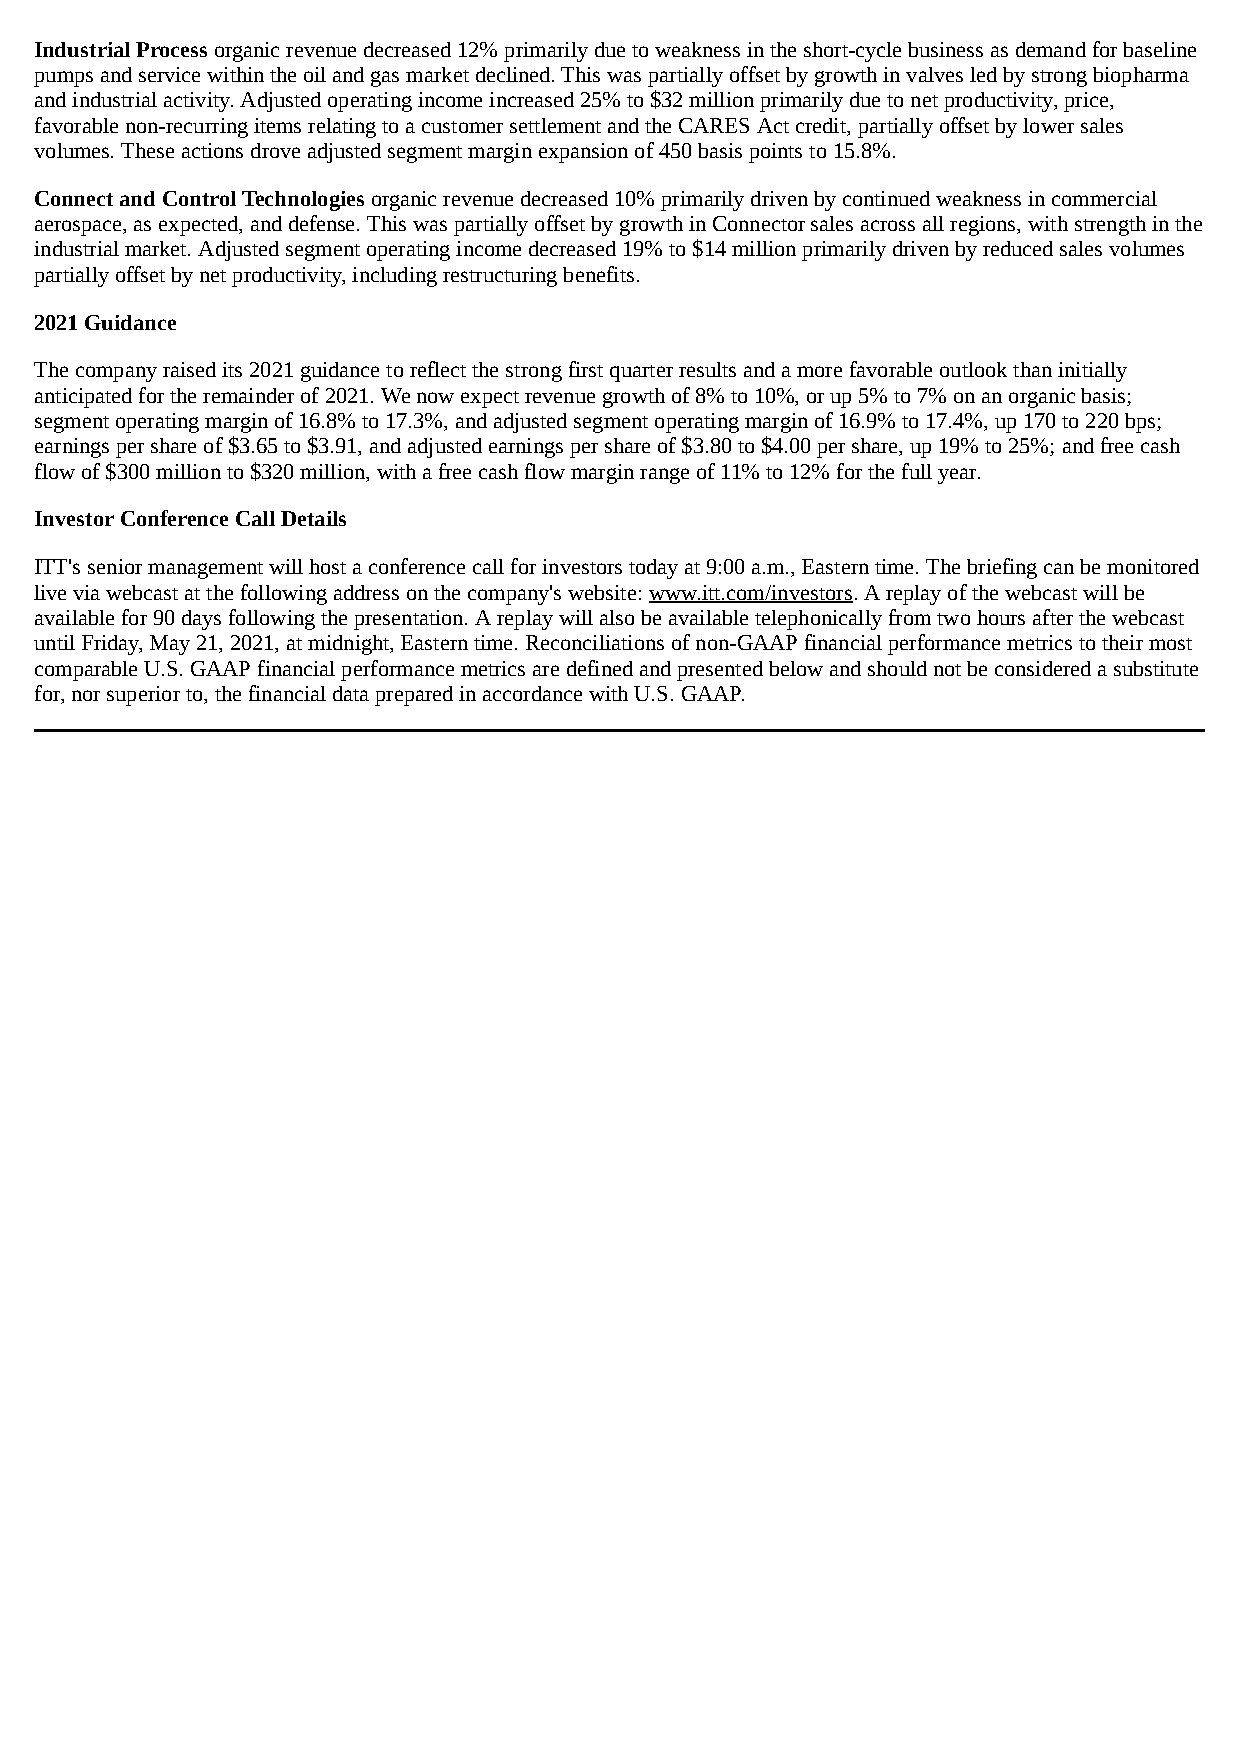
Industrial Process organic revenue decreased 12% primarily due to weakness in the short-cycle business as demand for baseline
 pumps and service within the oil and gas market declined. This was partially offset by growth in valves led by strong biopharma
 and industrial activity. Adjusted operating income increased 25% to $32 million primarily due to net productivity, price,
 favorable non-recurring items relating to a customer settlement and the CARES Act credit, partially offset by lower sales
 volumes. These actions drove adjusted segment margin expansion of 450 basis points to 15.8%.
 Connect and Control Technologies organic revenue decreased 10% primarily driven by continued weakness in commercial
 aerospace, as expected, and defense. This was partially offset by growth in Connector sales across all regions, with strength in the
 industrial market. Adjusted segment operating income decreased 19% to $14 million primarily driven by reduced sales volumes
 partially offset by net productivity, including restructuring benefits.
 2021 Guidance
 The company raised its 2021 guidance to reflect the strong first quarter results and a more favorable outlook than initially
 anticipated for the remainder of 2021. We now expect revenue growth of 8% to 10%, or up 5% to 7% on an organic basis;
 segment operating margin of 16.8% to 17.3%, and adjusted segment operating margin of 16.9% to 17.4%, up 170 to 220 bps;
 earnings per share of $3.65 to $3.91, and adjusted earnings per share of $3.80 to $4.00 per share, up 19% to 25%; and free cash
 flow of $300 million to $320 million, with a free cash flow margin range of 11% to 12% for the full year.
 Investor Conference Call Details
 ITT's senior management will host a conference call for investors today at 9:00 a.m., Eastern time. The briefing can be monitored
 live via webcast at the following address on the company's website: www.itt.com/investors. A replay of the webcast will be
 available for 90 days following the presentation. A replay will also be available telephonically from two hours after the webcast
 until Friday, May 21, 2021, at midnight, Eastern time. Reconciliations of non-GAAP financial performance metrics to their most
 comparable U.S. GAAP financial performance metrics are defined and presented below and should not be considered a substitute
 for, nor superior to, the financial data prepared in accordance with U.S. GAAP.